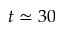
t \simeq 3 0